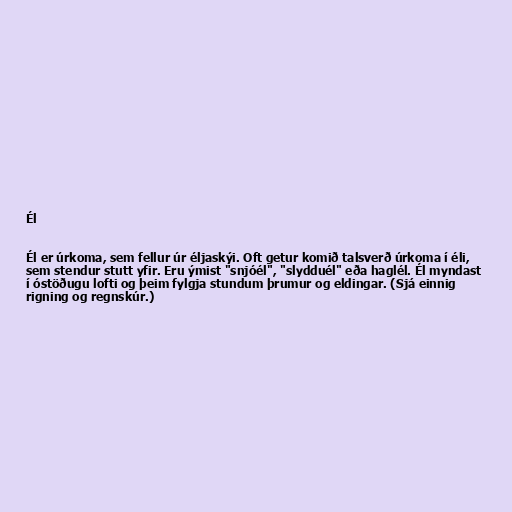
Él

Él er úrkoma, sem fellur úr éljaskýi. Oft getur komið talsverð úrkoma í éli,
sem stendur stutt yfir. Eru ýmist "snjóél", "slydduél" eða haglél. Él myndast
í óstöðugu lofti og þeim fylgja stundum þrumur og eldingar. (Sjá einnig
rigning og regnskúr.)